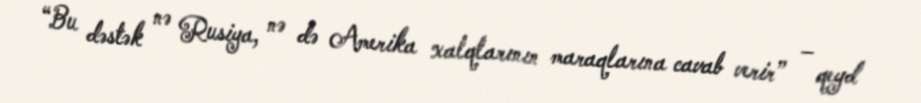
“Bu dəstək nə Rusiya, nə də Amerika xalqlarının maraqlarına cavab verir” – qeyd